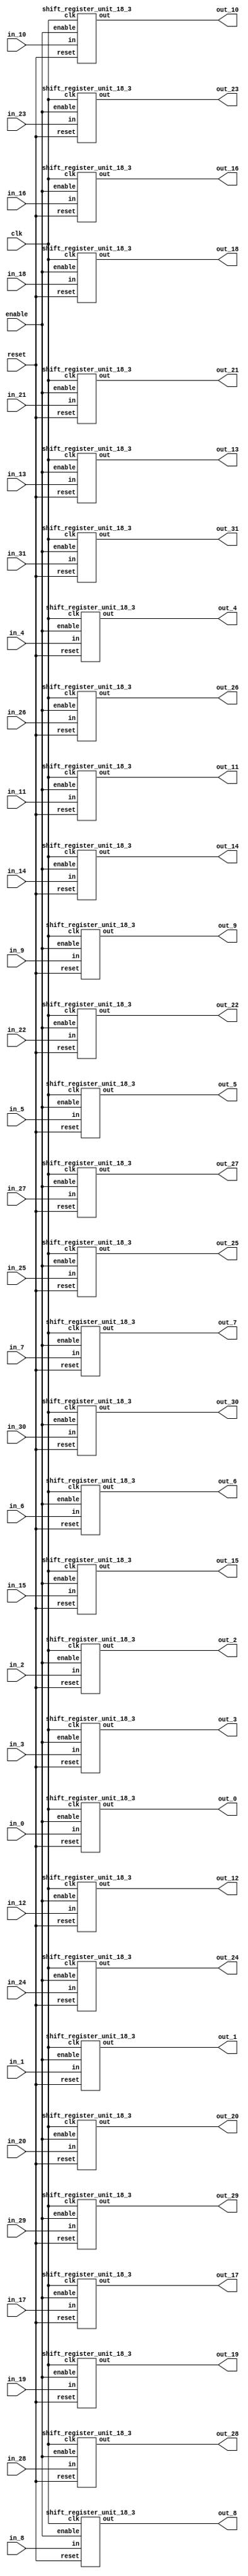
`define SIMULATION_MEMORY

module shift_register_group_18_32_3 (
	input clk,
	input enable,
	input [17:0] in_0,
	output [17:0] out_0,
	input [17:0] in_1,
	output [17:0] out_1,
	input [17:0] in_2,
	output [17:0] out_2,
	input [17:0] in_3,
	output [17:0] out_3,
	input [17:0] in_4,
	output [17:0] out_4,
	input [17:0] in_5,
	output [17:0] out_5,
	input [17:0] in_6,
	output [17:0] out_6,
	input [17:0] in_7,
	output [17:0] out_7,
	input [17:0] in_8,
	output [17:0] out_8,
	input [17:0] in_9,
	output [17:0] out_9,
	input [17:0] in_10,
	output [17:0] out_10,
	input [17:0] in_11,
	output [17:0] out_11,
	input [17:0] in_12,
	output [17:0] out_12,
	input [17:0] in_13,
	output [17:0] out_13,
	input [17:0] in_14,
	output [17:0] out_14,
	input [17:0] in_15,
	output [17:0] out_15,
	input [17:0] in_16,
	output [17:0] out_16,
	input [17:0] in_17,
	output [17:0] out_17,
	input [17:0] in_18,
	output [17:0] out_18,
	input [17:0] in_19,
	output [17:0] out_19,
	input [17:0] in_20,
	output [17:0] out_20,
	input [17:0] in_21,
	output [17:0] out_21,
	input [17:0] in_22,
	output [17:0] out_22,
	input [17:0] in_23,
	output [17:0] out_23,
	input [17:0] in_24,
	output [17:0] out_24,
	input [17:0] in_25,
	output [17:0] out_25,
	input [17:0] in_26,
	output [17:0] out_26,
	input [17:0] in_27,
	output [17:0] out_27,
	input [17:0] in_28,
	output [17:0] out_28,
	input [17:0] in_29,
	output [17:0] out_29,
	input [17:0] in_30,
	output [17:0] out_30,
	input [17:0] in_31,
	output [17:0] out_31,
	input reset
);

shift_register_unit_18_3 shift_register_unit_18_3_inst_0 (
	.clk(clk),
	.reset(reset),
	.enable(enable),
	.in(in_0),
	.out(out_0)
);

shift_register_unit_18_3 shift_register_unit_18_3_inst_1 (
	.clk(clk),
	.reset(reset),
	.enable(enable),
	.in(in_1),
	.out(out_1)
);

shift_register_unit_18_3 shift_register_unit_18_3_inst_2 (
	.clk(clk),
	.reset(reset),
	.enable(enable),
	.in(in_2),
	.out(out_2)
);

shift_register_unit_18_3 shift_register_unit_18_3_inst_3 (
	.clk(clk),
	.reset(reset),
	.enable(enable),
	.in(in_3),
	.out(out_3)
);

shift_register_unit_18_3 shift_register_unit_18_3_inst_4 (
	.clk(clk),
	.reset(reset),
	.enable(enable),
	.in(in_4),
	.out(out_4)
);

shift_register_unit_18_3 shift_register_unit_18_3_inst_5 (
	.clk(clk),
	.reset(reset),
	.enable(enable),
	.in(in_5),
	.out(out_5)
);

shift_register_unit_18_3 shift_register_unit_18_3_inst_6 (
	.clk(clk),
	.reset(reset),
	.enable(enable),
	.in(in_6),
	.out(out_6)
);

shift_register_unit_18_3 shift_register_unit_18_3_inst_7 (
	.clk(clk),
	.reset(reset),
	.enable(enable),
	.in(in_7),
	.out(out_7)
);

shift_register_unit_18_3 shift_register_unit_18_3_inst_8 (
	.clk(clk),
	.reset(reset),
	.enable(enable),
	.in(in_8),
	.out(out_8)
);

shift_register_unit_18_3 shift_register_unit_18_3_inst_9 (
	.clk(clk),
	.reset(reset),
	.enable(enable),
	.in(in_9),
	.out(out_9)
);

shift_register_unit_18_3 shift_register_unit_18_3_inst_10 (
	.clk(clk),
	.reset(reset),
	.enable(enable),
	.in(in_10),
	.out(out_10)
);

shift_register_unit_18_3 shift_register_unit_18_3_inst_11 (
	.clk(clk),
	.reset(reset),
	.enable(enable),
	.in(in_11),
	.out(out_11)
);

shift_register_unit_18_3 shift_register_unit_18_3_inst_12 (
	.clk(clk),
	.reset(reset),
	.enable(enable),
	.in(in_12),
	.out(out_12)
);

shift_register_unit_18_3 shift_register_unit_18_3_inst_13 (
	.clk(clk),
	.reset(reset),
	.enable(enable),
	.in(in_13),
	.out(out_13)
);

shift_register_unit_18_3 shift_register_unit_18_3_inst_14 (
	.clk(clk),
	.reset(reset),
	.enable(enable),
	.in(in_14),
	.out(out_14)
);

shift_register_unit_18_3 shift_register_unit_18_3_inst_15 (
	.clk(clk),
	.reset(reset),
	.enable(enable),
	.in(in_15),
	.out(out_15)
);

shift_register_unit_18_3 shift_register_unit_18_3_inst_16 (
	.clk(clk),
	.reset(reset),
	.enable(enable),
	.in(in_16),
	.out(out_16)
);

shift_register_unit_18_3 shift_register_unit_18_3_inst_17 (
	.clk(clk),
	.reset(reset),
	.enable(enable),
	.in(in_17),
	.out(out_17)
);

shift_register_unit_18_3 shift_register_unit_18_3_inst_18 (
	.clk(clk),
	.reset(reset),
	.enable(enable),
	.in(in_18),
	.out(out_18)
);

shift_register_unit_18_3 shift_register_unit_18_3_inst_19 (
	.clk(clk),
	.reset(reset),
	.enable(enable),
	.in(in_19),
	.out(out_19)
);

shift_register_unit_18_3 shift_register_unit_18_3_inst_20 (
	.clk(clk),
	.reset(reset),
	.enable(enable),
	.in(in_20),
	.out(out_20)
);

shift_register_unit_18_3 shift_register_unit_18_3_inst_21 (
	.clk(clk),
	.reset(reset),
	.enable(enable),
	.in(in_21),
	.out(out_21)
);

shift_register_unit_18_3 shift_register_unit_18_3_inst_22 (
	.clk(clk),
	.reset(reset),
	.enable(enable),
	.in(in_22),
	.out(out_22)
);

shift_register_unit_18_3 shift_register_unit_18_3_inst_23 (
	.clk(clk),
	.reset(reset),
	.enable(enable),
	.in(in_23),
	.out(out_23)
);

shift_register_unit_18_3 shift_register_unit_18_3_inst_24 (
	.clk(clk),
	.reset(reset),
	.enable(enable),
	.in(in_24),
	.out(out_24)
);

shift_register_unit_18_3 shift_register_unit_18_3_inst_25 (
	.clk(clk),
	.reset(reset),
	.enable(enable),
	.in(in_25),
	.out(out_25)
);

shift_register_unit_18_3 shift_register_unit_18_3_inst_26 (
	.clk(clk),
	.reset(reset),
	.enable(enable),
	.in(in_26),
	.out(out_26)
);

shift_register_unit_18_3 shift_register_unit_18_3_inst_27 (
	.clk(clk),
	.reset(reset),
	.enable(enable),
	.in(in_27),
	.out(out_27)
);

shift_register_unit_18_3 shift_register_unit_18_3_inst_28 (
	.clk(clk),
	.reset(reset),
	.enable(enable),
	.in(in_28),
	.out(out_28)
);

shift_register_unit_18_3 shift_register_unit_18_3_inst_29 (
	.clk(clk),
	.reset(reset),
	.enable(enable),
	.in(in_29),
	.out(out_29)
);

shift_register_unit_18_3 shift_register_unit_18_3_inst_30 (
	.clk(clk),
	.reset(reset),
	.enable(enable),
	.in(in_30),
	.out(out_30)
);

shift_register_unit_18_3 shift_register_unit_18_3_inst_31 (
	.clk(clk),
	.reset(reset),
	.enable(enable),
	.in(in_31),
	.out(out_31)
);

endmodule

module shift_register_unit_18_3 (
	input clk,
	input reset,
	input enable,
	input [17:0] in,
	output [17:0] out
);

reg [17:0] shift_registers_0;
reg [17:0] shift_registers_1;
reg [17:0] shift_registers_2;
always @ (posedge clk) begin
	if (reset) begin
		shift_registers_0 <= 18'd0;
		shift_registers_1 <= 18'd0;
		shift_registers_2 <= 18'd0;
	end else if (enable) begin
		shift_registers_0 <= in;
		shift_registers_1 <= shift_registers_0;
		shift_registers_2 <= shift_registers_1;
	end
end

assign out = shift_registers_2;

endmodule